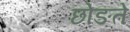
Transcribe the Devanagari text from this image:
छोङते